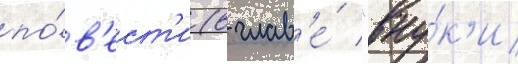
по́в'ест'и (в глав'е́ "вну́к'и